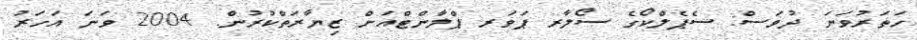
ހަތަރުވަނަ ދުވަސް: ސެޕެލްކޯގެ ސޯލާރ ޕަވަރ ޕްލާންޓްއަށް ޒިޔާރަތްކުރުން. 2004 ވަނަ އަހަރު